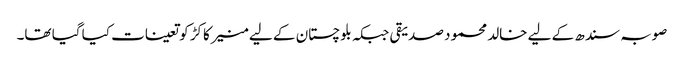
صوبہ سندھ کے لیے خالد محمود صدیقی جبکہ بلوچستان کے لیے منیر کاکڑ کو تعینات کیا گیا تھا۔